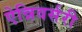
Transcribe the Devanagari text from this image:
ऐन्निवर्सरी